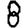
Digit: 8